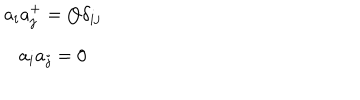
\begin{array} { c } { { a _ { i } a _ { j } ^ { + } = Q \delta _ { i j } } } \\ { { a _ { i } a _ { j } = 0 } } \\ \end{array}